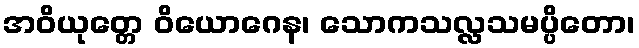
အဝိယုတ္တေ ဝိယောဂေန၊ သောကသလ္လသမပ္ပိတော၊